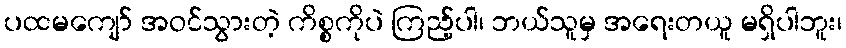
ပထမကျော် အဝင်သွားတဲ့ ကိစ္စကိုပဲ ကြည့်ပါ၊ ဘယ်သူမှ အရေးတယူ မရှိပါဘူး၊